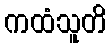
ကထံသူတိ